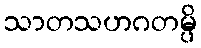
သာတသဟဂတမ္ပိ